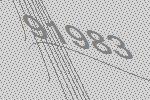
91983